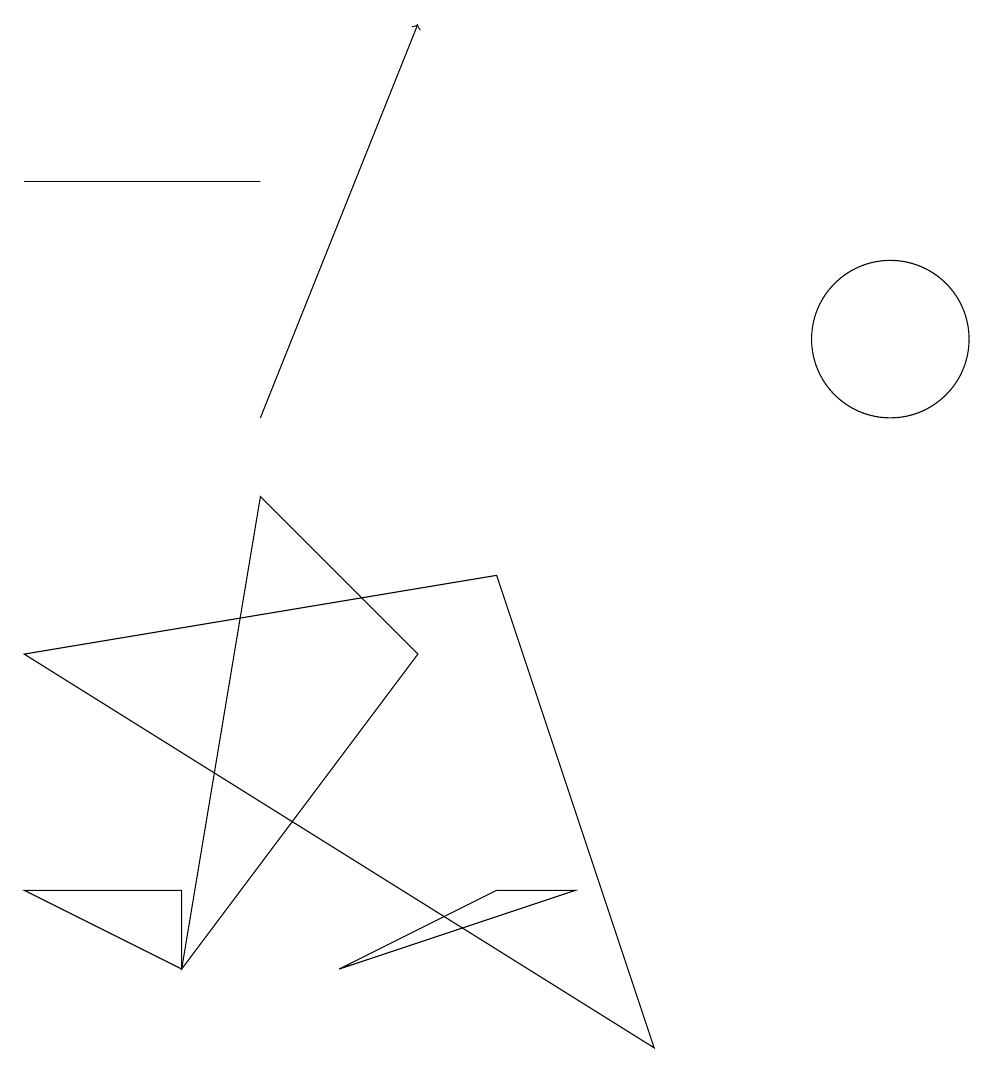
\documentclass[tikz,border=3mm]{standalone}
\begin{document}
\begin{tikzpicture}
\draw (5,7) -- (2,3) -- (3,9) -- cycle;
\draw (0,4) -- (2,4) -- (2,3) -- cycle;
\draw (0,7) -- (8,2) -- (6,8) -- cycle;
\draw[->] (3,10) -- (5,15);
\draw (11,11) circle (0);
\draw (11,11) circle (1);
\draw (3,13) rectangle (0,13);
\draw (4,3) -- (7,4) -- (6,4) -- cycle;
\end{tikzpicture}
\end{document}